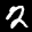
Label: 2